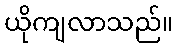
ယိုကျလာသည်။